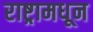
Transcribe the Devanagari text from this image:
राष्ट्रामधून